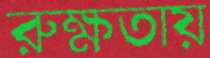
রুক্ষতায়